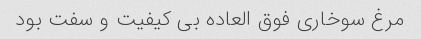
مرغ سوخاری فوق العاده بی کیفیت و سفت بود